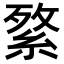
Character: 𦁘